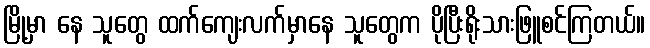
မြို့မှာ နေ သူတွေ ထက်ကျေးလက်မှာနေ သူတွေက ပိုပြီးရိုးသားဖြူစင်ကြတယ်။